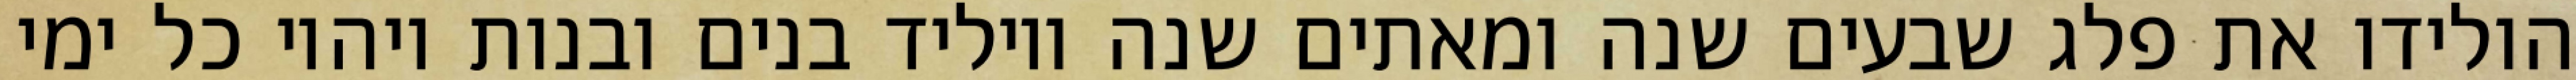
הולידו את פלג שבעים שנה ומאתים שנה ויוליד בנים ובנות ויהיו כל ימי